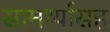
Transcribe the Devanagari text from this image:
सामर्थ्यासह